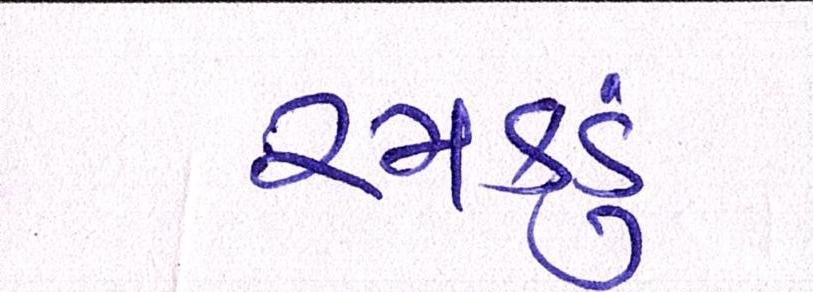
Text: રમકડું